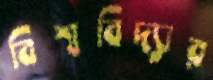
বিশ্ববিদ্যার